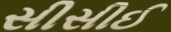
સીસીઈ